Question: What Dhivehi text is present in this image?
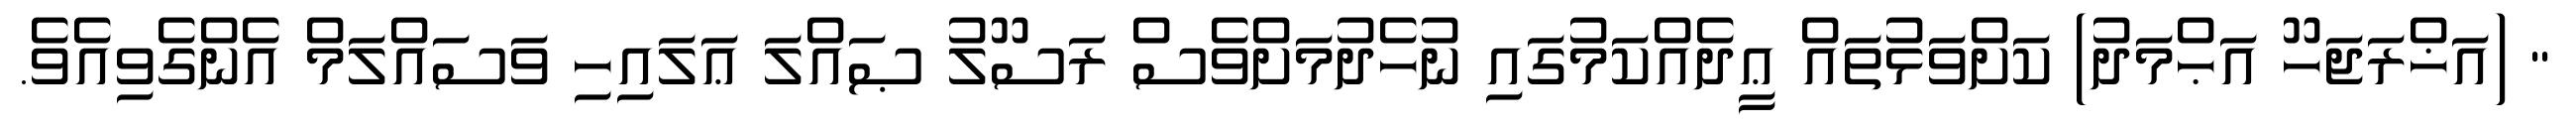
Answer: " (އަޚްރަޖަހޫ އަޙްމަދު) ކަށްވަޅުތައް ޢީދެއްކަމުގައި ނުހެދުމަށްވެސް ރަސޫލު ޞައްލަ ޢަލައިހި ވަސައްލަމް އެންގެވިއެވެ.